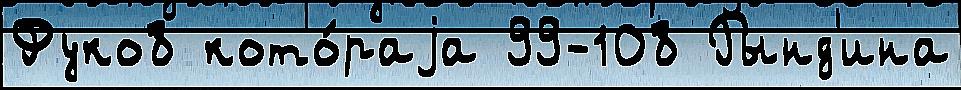
Фуко8 кото́раjа 99-108 Рынд'ина